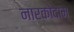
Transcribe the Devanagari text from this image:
नारकोदाम